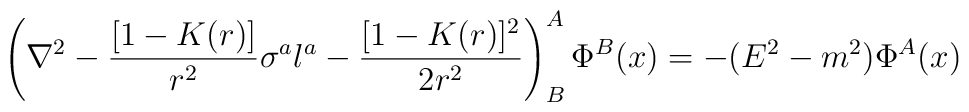
\left (\nabla ^2 - {[1 - K(r)] \over r^2} \sigma ^a l^a -{[1 - K(r)]^2 \over 2 r^2} \right) ^A _B \Phi ^B (x) = -(E^2-m^2) \Phi ^A (x)